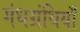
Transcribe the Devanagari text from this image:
गंधग्रंथियाँ